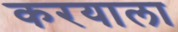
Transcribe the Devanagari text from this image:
करयाला